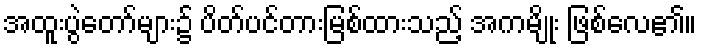
အထူးပွဲတော်များ၌ ပိတ်ပင်တားမြစ်ထားသည့် အကမျိုး ဖြစ်လေ၏။